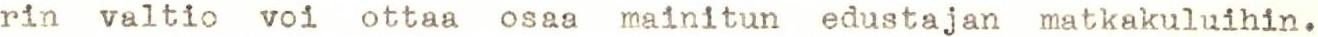
 rin valtio voi ottaa osaa mainitun edustajan matkakuluihin.